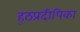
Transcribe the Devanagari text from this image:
ह्ठप्रदीपिका